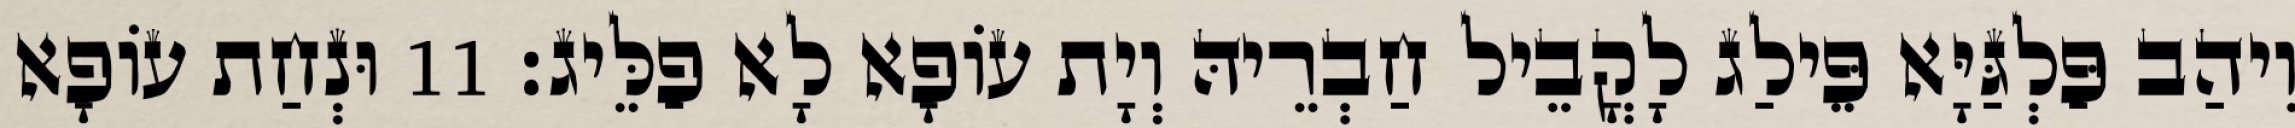
וִיהַב פַּלְגַּיָּא פֵּילַג לָקֳבֵיל חַבְרֵיהּ וְיָת עוֹפָא לָא פַלֵּיג׃ 11 וּנְחַת עוֹפָא